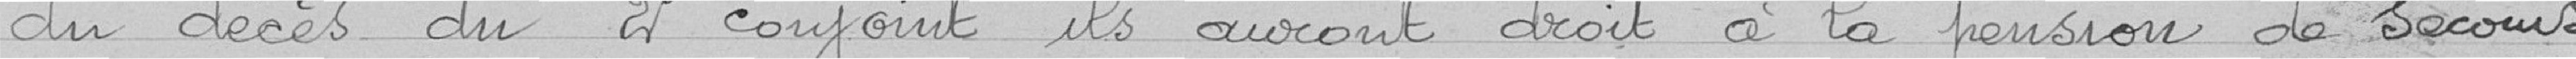
du décès du deuxième conjoint ils auront droit à la pension de secours